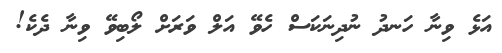
އަޅެ ވިނާ ހަނދު ނުދިނަކަސް ހެވޭ އަލް ވަރަށް ލޯބިވޭ ވިނާ ދެކެ!